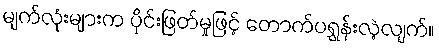
မျက်လုံးများက ပိုင်းဖြတ်မှုဖြင့် တောက်ပရွှန်းလဲ့လျက်။